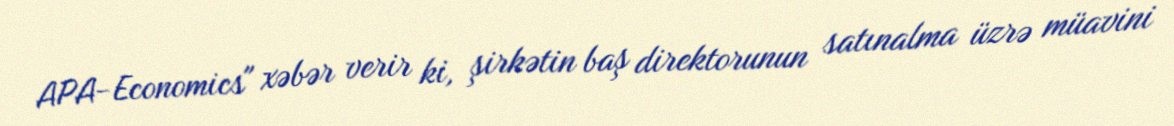
APA-Economics" xəbər verir ki, şirkətin baş direktorunun satınalma üzrə müavini